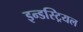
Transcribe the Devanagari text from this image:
इन्डस्ट्रियल